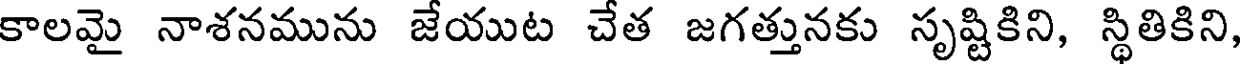
కాలమై నాశనమును జేయుట చేత జగత్తునకు సృష్టికిని, స్థితికిని,